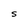
Character: S